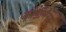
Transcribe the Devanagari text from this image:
कोडोमैनस